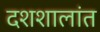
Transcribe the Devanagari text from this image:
दशशालांत